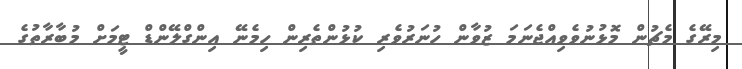
މިރޭގެ މެޗުން މޮޅުނުވެވިއްޖެނަމަ ޒުވާން ހުނަރުވެރި ކުޅުންތެރިން ހިމެނޭ އިންގްލޭންޑް ޓީމަށް މުބާރާތުގެ